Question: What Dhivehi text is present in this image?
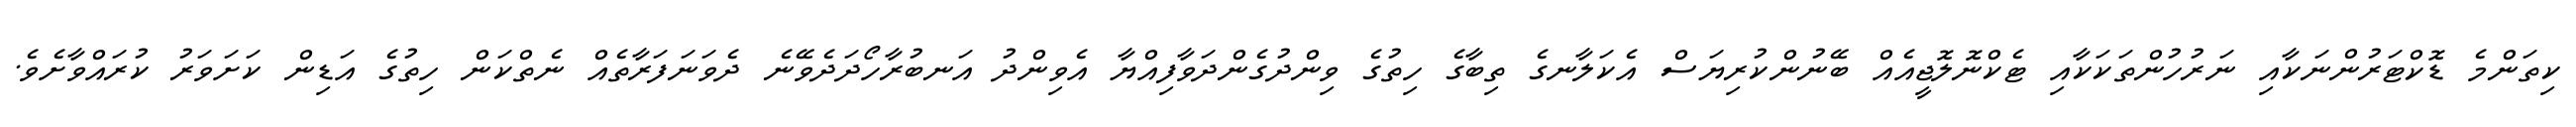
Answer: ކިތަންމެ ޑޮކްޓަރުންނަކާއި ނަރުހުންތަކަކާއި ޓެކްނޮލޮޖީއެއް ބޭނުންކުރިޔަސް އެކަލާނގެ ތިބާގެ ހިތުގެ ވިންދުގެންދަވާފިއްޔާ އެވިންދު އަނބުރާހޯދަދެވޭނެ ދެވަނަފަރާތެއް ނެތްކަން ހިތުގެ އަޑިން ކަށަވަރު ކުރައްވާށެވެ.